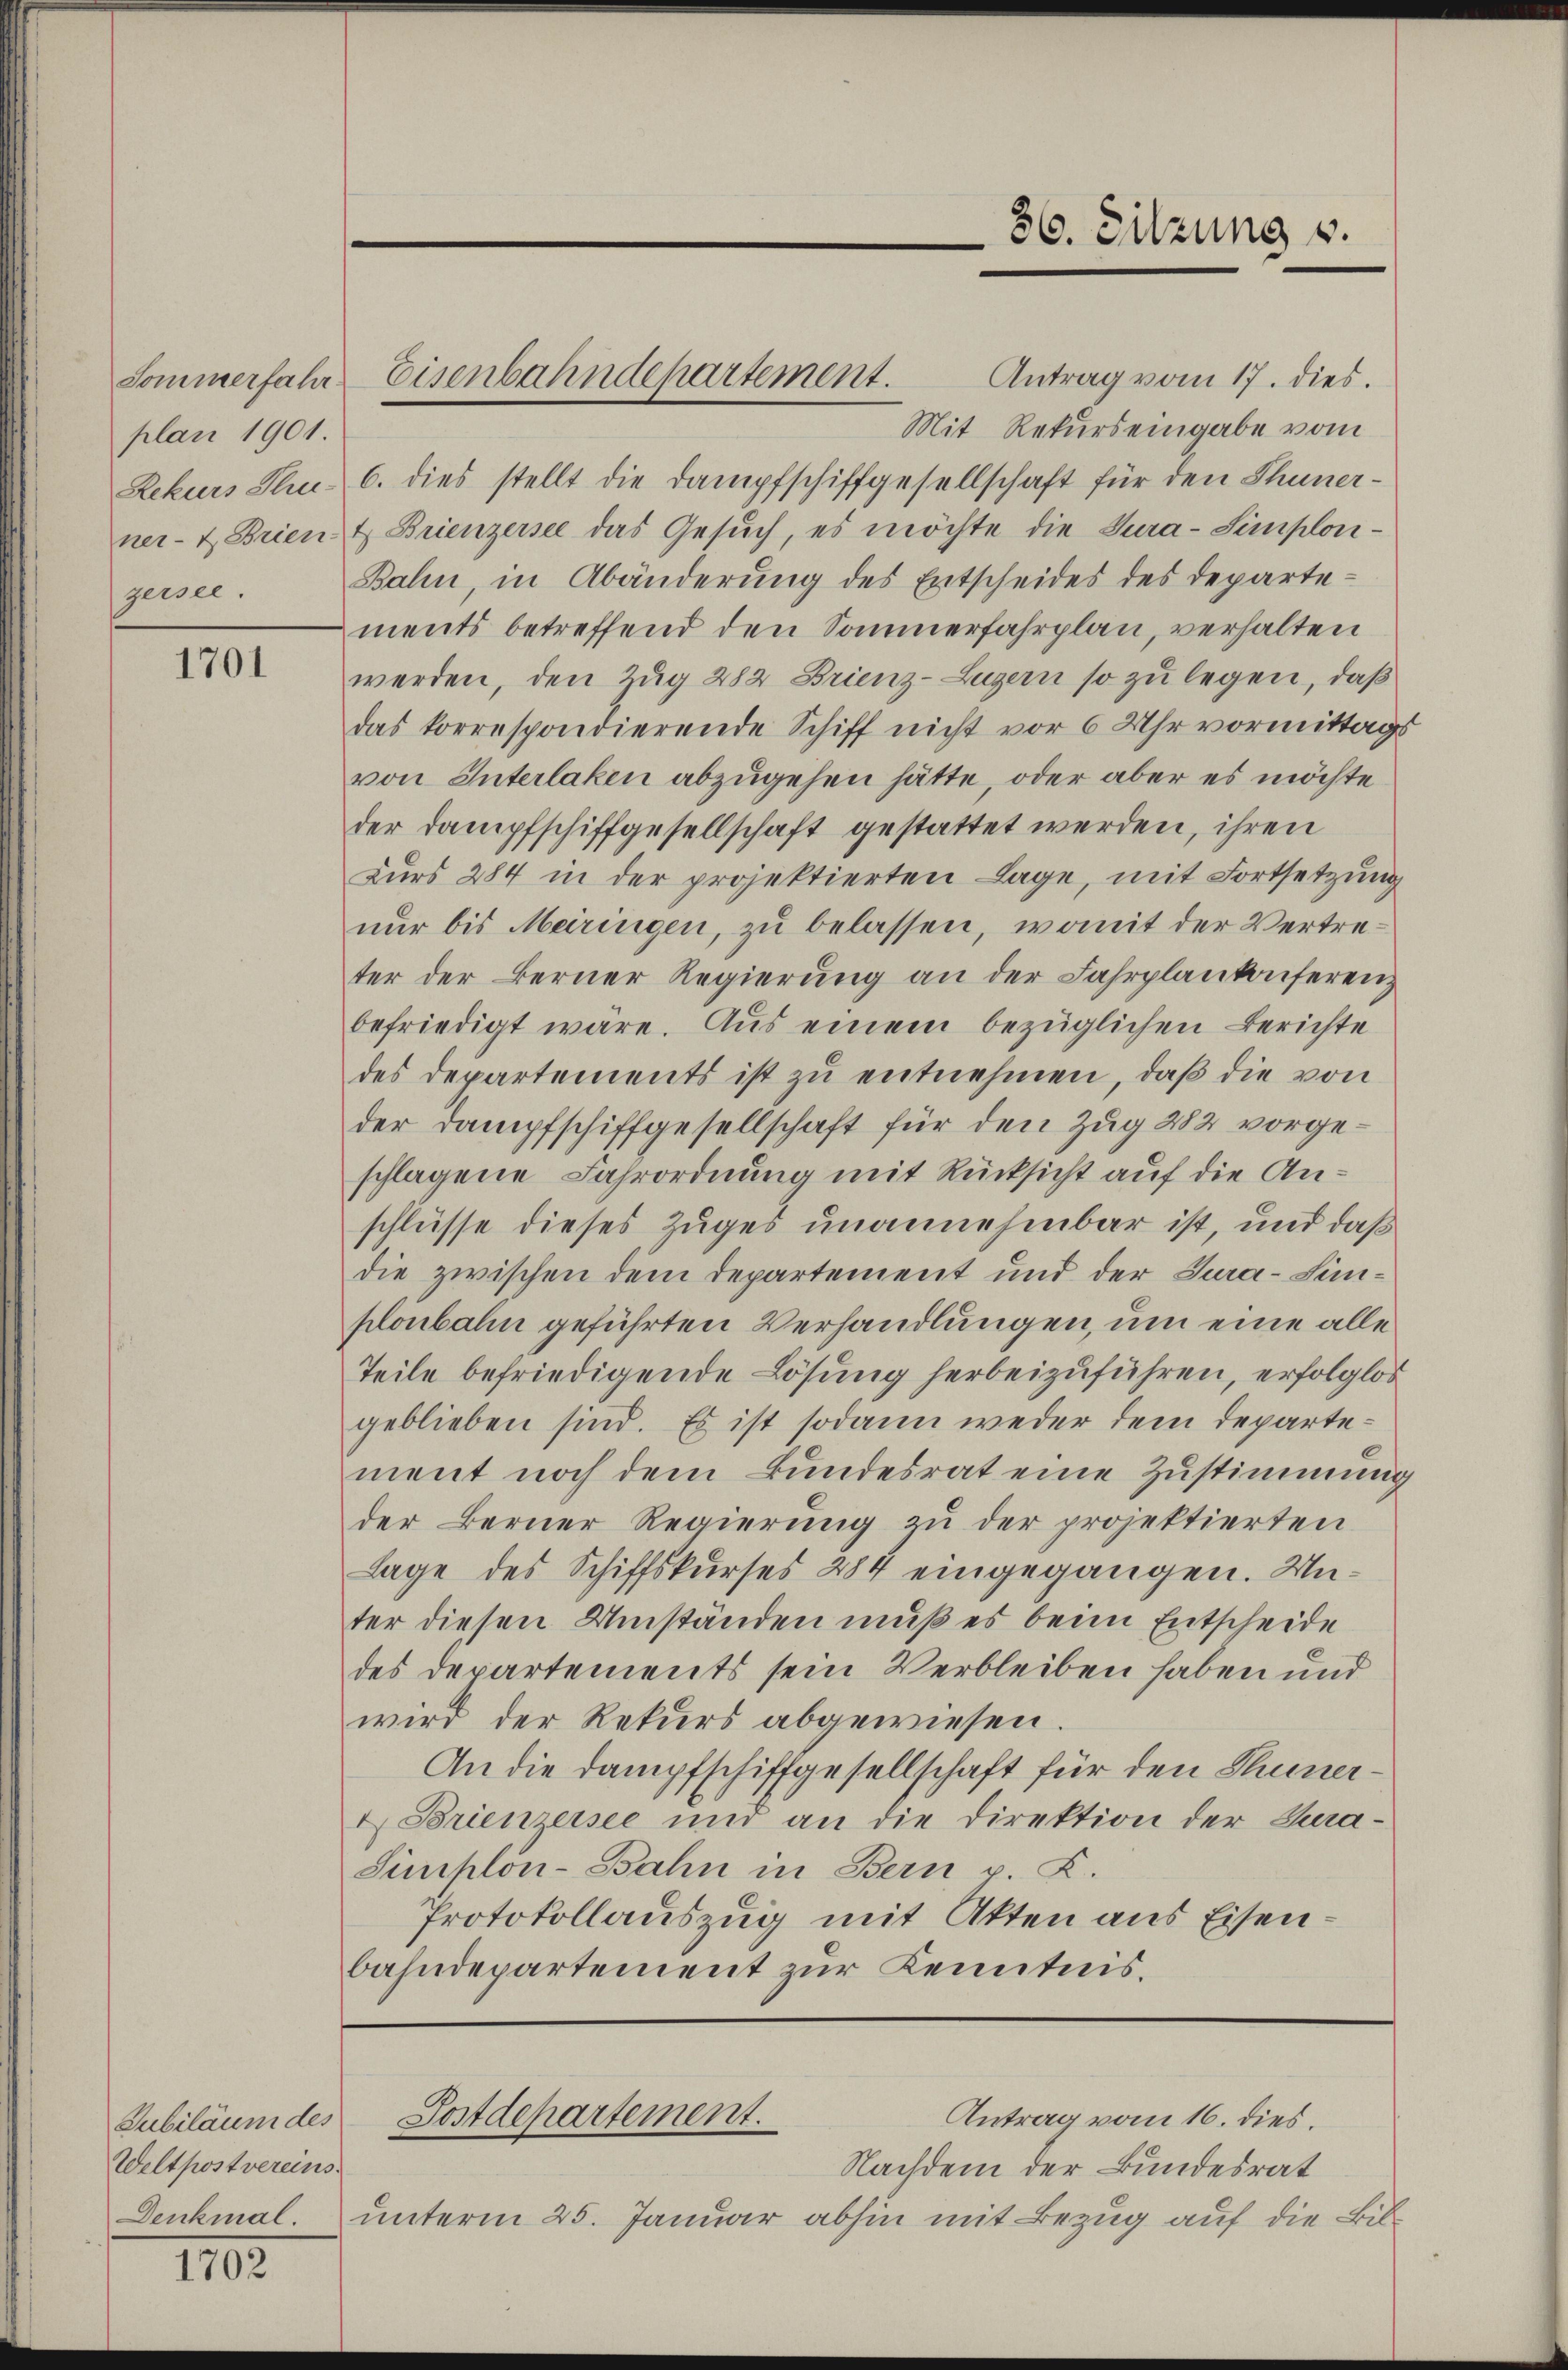
Sommerfahr
plan 1901.
gersee.

1701

Weltpost vereins.
Denkmal.

1102.

Antrag vom 17. dies.
Mit Rekurs eingabe vom
Rekurs Thu- 6. dies stellt die Dampfschiffgesellschaft für den Thuner-
ner- & Brient Brienzersee das Gesŭch, es möchte die Tura-Simplon¬
Bahn, in Abänderŭng des Entscheides des Departements betreffend den Sommerfahrplan, verhalten
werden, den Zug 282 Brienz-Luzern so zu legen, daß
das korrespondierende Schiff nicht vor 6 Uhr vormittags
von Interlaken abzugehen hätte, oder aber es möchte
der Dampfschiffgesellschaft gestattet werden, ihren
Zurs 284 in der projektierten Lage, mit Fortsetzung
nur bis Meiringen, zu belassen, womit der Vertreter der Berner Regierung an der Fahrplankonferenz
befriedigt wäre. Aus einem bezüglichen Berichte
des Departements ist zu entnehmen, daß die von
der Dampfschiffgesellschaft für den Zug 282 vorgeschlagene Fahrordnung mit Rücksicht auf die Anschlüsse dieses Zuges unannehmbar ist, und daß
die zwischen dem Departement und der Sura-Simplonbahn geführten Verhandlungen, um eine alle
Teile befriedigende Lösung herbeizuführen, erfolglos
geblieben sind. Es ist sodann weder dem Departement noch dem Bundesrat eine Zustimmung
der Berner Regierung zu der projektierten
Lage des Schiffskurses 284 eingegangen. Unter diesen Umständen muß es beim Entscheide
des Departements sein Verbleiben haben und
wird der Rekurs abgewiesen.
An die Dampfschiffgesellschaft für den Thuner¬
2 Brienzersee und an die Direktion der Cura¬
Siplön-Bahn in Bern p. K.
Protokollauszug mit Akten aus Eisenbahndepartement zur Kenntnis.

Eisenbahndepartement.

36. Sitzung u.

Nachdem der Bundesrat
unterm 25. Januar abhin mit Bezug auf die Bil¬

Antrag vom 16. dies.
Jubiläum des Postdepartement.